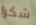
شكرا